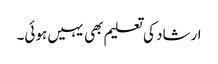
ارشاد کی تعلیم بھی یہیں ہوئی۔